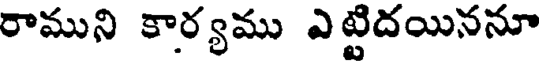
రాముని కార్యము ఎట్టిదయిననూ